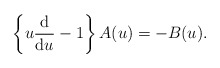
\begin{align*}\left\{u\frac{{\rm d}}{{\rm d}u}-1\right\} A(u)= -B(u).\end{align*}